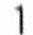
1